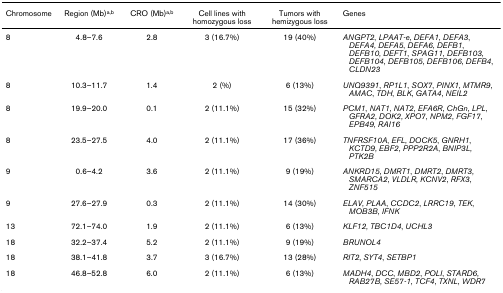
<table><thead><tr><td><b>Chromosome</b></td><td><b>Region (Mb)<sup>a,b</sup></b></td><td><b>CRO (Mb)<sup>a,b</sup></b></td><td><b>Cell lines with homozygous loss</b></td><td><b>Tumors with hemizygous loss</b></td><td><b>Genes</b></td></tr></thead><tbody><tr><td>8</td><td>4.8–7.6</td><td>2.8</td><td>3 (16.7%)</td><td>19 (40%)</td><td><i>ANGPT2</i>, <i>LPAAT-e</i>, <i>DEFA1</i>, <i>DEFA3</i>, <i>DEFA4</i>, <i>DEFA5</i>, <i>DEFA6</i>, <i>DEFB1</i>, <i>DEFB10</i>, <i>DEFT1</i>, <i>SPAG11</i>, <i>DEFB103</i>, <i>DEFB104</i>, <i>DEFB105</i>, <i>DEFB106</i>, <i>DEFB4</i>, <i>CLDN23</i></td></tr><tr><td>8</td><td>10.3–11.7</td><td>1.4</td><td>2 (%)</td><td>6 (13%)</td><td><i>UNQ9391</i>, <i>RP1L1</i>, <i>SOX7</i>, <i>PINX1</i>, <i>MTMR9</i>, <i>AMAC</i>, <i>TDH</i>, <i>BLK</i>, <i>GATA4</i>, <i>NEIL2</i></td></tr><tr><td>8</td><td>19.9–20.0</td><td>0.1</td><td>2 (11.1%)</td><td>15 (32%)</td><td><i>PCM1</i>, <i>NAT1</i>, <i>NAT2</i>, <i>EFA6R</i>, <i>ChGn</i>, <i>LPL</i>, <i>GFRA2</i>, <i>DOK2</i>, <i>XPO7</i>, <i>NPM2</i>, <i>FGF17</i>, <i>EPB49</i>, <i>RAI16</i></td></tr><tr><td>8</td><td>23.5–27.5</td><td>4.0</td><td>2 (11.1%)</td><td>17 (36%)</td><td><i>TNFRSF10A</i>, <i>EFL</i>, <i>DOCK5</i>, <i>GNRH1</i>, <i>KCTD9</i>, <i>EBF2</i>, <i>PPP2R2A</i>, <i>BNIP3L</i>, <i>PTK2B</i></td></tr><tr><td>9</td><td>0.6–4.2</td><td>3.6</td><td>2 (11.1%)</td><td>9 (19%)</td><td><i>ANKRD15</i>, <i>DMRT1</i>, <i>DMRT2</i>, <i>DMRT3</i>, <i>SMARCA2</i>, <i>VLDLR</i>, <i>KCNV2</i>, <i>RFX3</i>, <i>ZNF515</i></td></tr><tr><td>9</td><td>27.6–27.9</td><td>0.3</td><td>2 (11.1%)</td><td>14 (30%)</td><td><i>ELAV</i>, <i>PLAA</i>, <i>CCDC2</i>, <i>LRRC19</i>, <i>TEK</i>, <i>MOB3B</i>, <i>IFNK</i></td></tr><tr><td>13</td><td>72.1–74.0</td><td>1.9</td><td>2 (11.1%)</td><td>6 (13%)</td><td><i>KLF12</i>, <i>TBC1D4</i>, <i>UCHL3</i></td></tr><tr><td>18</td><td>32.2–37.4</td><td>5.2</td><td>2 (11.1%)</td><td>9 (19%)</td><td><i>BRUNOL4</i></td></tr><tr><td>18</td><td>38.1–41.8</td><td>3.7</td><td>3 (16.7%)</td><td>13 (28%)</td><td><i>RIT2</i>, <i>SYT4</i>, <i>SETBP1</i></td></tr><tr><td>18</td><td>46.8–52.8</td><td>6.0</td><td>2 (11.1%)</td><td>6 (13%)</td><td><i>MADH4</i>, <i>DCC</i>, <i>MBD2</i>, <i>POLI</i>, <i>STARD6</i>, <i>RAB27B</i>, <i>SE57-1</i>, <i>TCF4</i>, <i>TXNL</i>, <i>WDR7</i></td></tr></tbody></table>